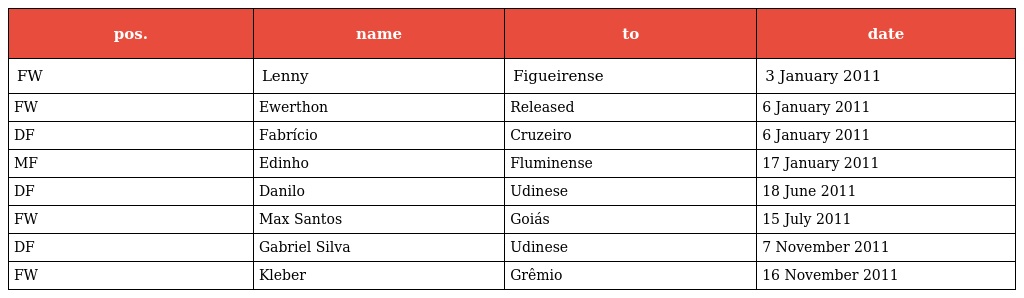
| pos. | name | to | date |
 | --- | --- | --- | --- |
 | FW | Lenny | Figueirense | 3 January 2011 |
 | FW | Ewerthon | Released | 6 January 2011 |
 | DF | Fabrício | Cruzeiro | 6 January 2011 |
 | MF | Edinho | Fluminense | 17 January 2011 |
 | DF | Danilo | Udinese | 18 June 2011 |
 | FW | Max Santos | Goiás | 15 July 2011 |
 | DF | Gabriel Silva | Udinese | 7 November 2011 |
 | FW | Kleber | Grêmio | 16 November 2011 |